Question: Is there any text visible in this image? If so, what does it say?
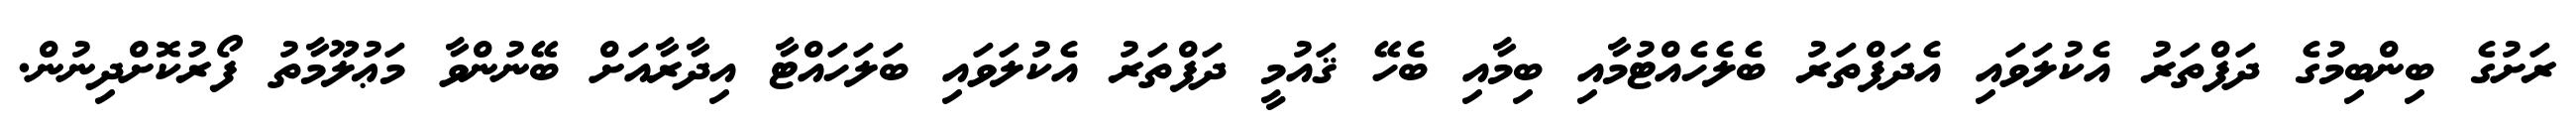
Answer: ރަށުގެ ބިންބިމުގެ ދަފްތަރު އެކުލަވައި އެދަފްތަރު ބެލެހެއްޓުމާއި ބިމާއި ބެހޭ ޤައުމީ ދަފްތަރު އެކުލަވައި ބަލަހައްޓާ އިދާރާއަށް ބޭނުންވާ މަޢުލޫމާތު ފޯރުކޮށްދިނުން.